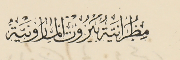
مطرانية بيروت المارونية